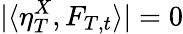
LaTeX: |\langle\eta_{T}^{X},F_{T,t}\rangle|=0